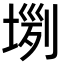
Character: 𡎗